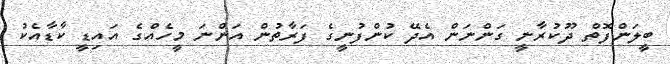
ބީލަންފޮތް ދޫކުރާނީ ގަންނަން އެދޭ ކުންފުނީގެ ފަރާތުން އަންނަ މީހެއްގެ އައިޑީ ކާޑާއެކު